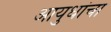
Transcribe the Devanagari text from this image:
आयुधांचा